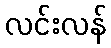
လင်းလန်